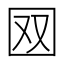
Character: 𡇄